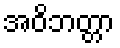
အဝိဘတ္တာ